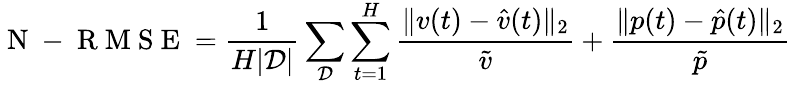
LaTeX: \mathrm{~N~-~R~M~S~E~}=\frac{1}{H|\mathcal{D}|}\sum_{\mathcal{D}}\sum_{t=1}^{H}\frac{\| v(t)-\hat{v}(t)\| _{2}}{\tilde{v}}+\frac{\| p(t)-\hat{p}(t)\| _{2}}{\tilde{p}}